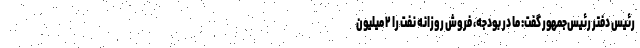
رئیس دفتر رئیس‌جمهور گفت: ما در بودجه، فروش روزانه نفت را ۲ میلیون